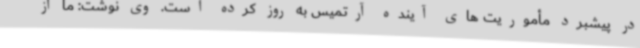
در پیشبرد مأموریت های آینده آرتمیس به روز کرده است. وی نوشت: ما از